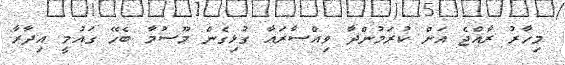
މިހާރު ރާއްޖެ އަށް ކުރަމުންދާ ވިއްސާރައާ ގުޅިގެން މޫސުމާ ބެހޭ ގައުމީ އިދާރާ